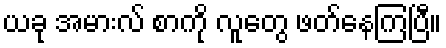
ယခု အမားလ် စာကို လူတွေ ဖတ်နေကြပြီ။